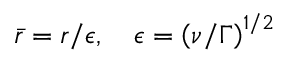
\bar { r } = r / \epsilon , \quad \epsilon = \left( \nu / \Gamma \right) ^ { 1 / 2 }